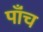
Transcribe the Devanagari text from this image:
पाँंच